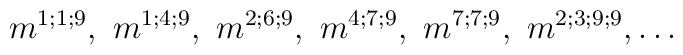
m^{1;1;9},\ m^{1;4;9}, \ m^{2;6;9}, \ m^{4;7;9},\ m^{7;7;9}, \ m^{2;3;9;9}, \dots